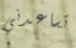
تساعدني